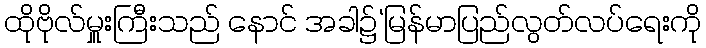
ထိုဗိုလ်မှူးကြီးသည် နောင် အခါ၌‘မြန်မာပြည်လွတ်လပ်ရေးကို